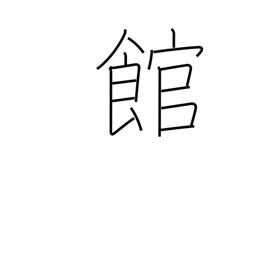
Meaning: building